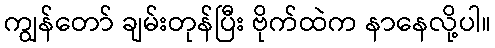
ကျွန်တော် ချမ်းတုန်ပြီး ဗိုက်ထဲက နာနေလို့ပါ။